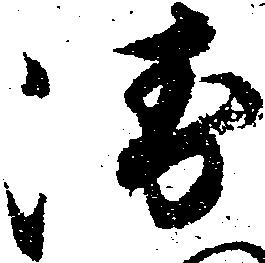
衛